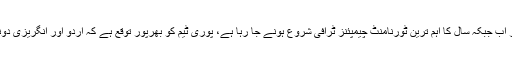
ایک ماہ تک ہمیں انگریزی کے نتائج بہت حوصلہ افزاء ملے ہیں اور اب جبکہ سال کا اہم ترین ٹورنامنٹ چیمپئنز ٹرافی شروع ہونے جا رہا ہے، پوری ٹیم کو بھرپور توقع ہے کہ اردو اور انگریزی دونوں کرک نامہ شائقین کرکٹ میں بھرپور مقبولیت حاصل کریں گے۔